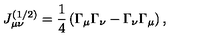
J _ { \mu \nu } ^ { ( 1 / 2 ) } = \frac 1 4 \left( \Gamma _ { \mu } \Gamma _ { \nu } - \Gamma _ { \nu } \Gamma _ { \mu } \right) ,